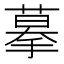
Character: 摹